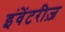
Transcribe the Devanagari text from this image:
इंवेंटरीज़